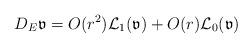
LaTeX: \begin{align*}D_{E}\mathfrak{v}=O(r^2)\mathcal{L}_1(\mathfrak{v})+O(r)\mathcal{L}_0(\mathfrak{v})\end{align*}